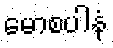
မောစပါနံ